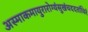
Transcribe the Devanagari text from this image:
अस्माकमायुरारोग्यंसुखंचददतांचिरं